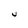
Character: U